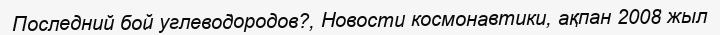
Последний бой углеводородов?, Новости космонавтики, ақпан 2008 жыл